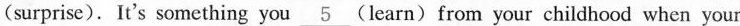
(surprise). It's something you \underline{5}(learn)from your childhood when your